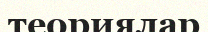
теориялар